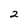
Character: 2